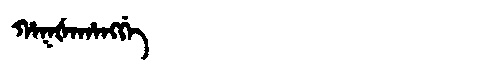
Manchu: ᡥᠠᡴᡧᠠᡥᠠᠩᡤᡝ
Romanization: HAKŠAHANGGE